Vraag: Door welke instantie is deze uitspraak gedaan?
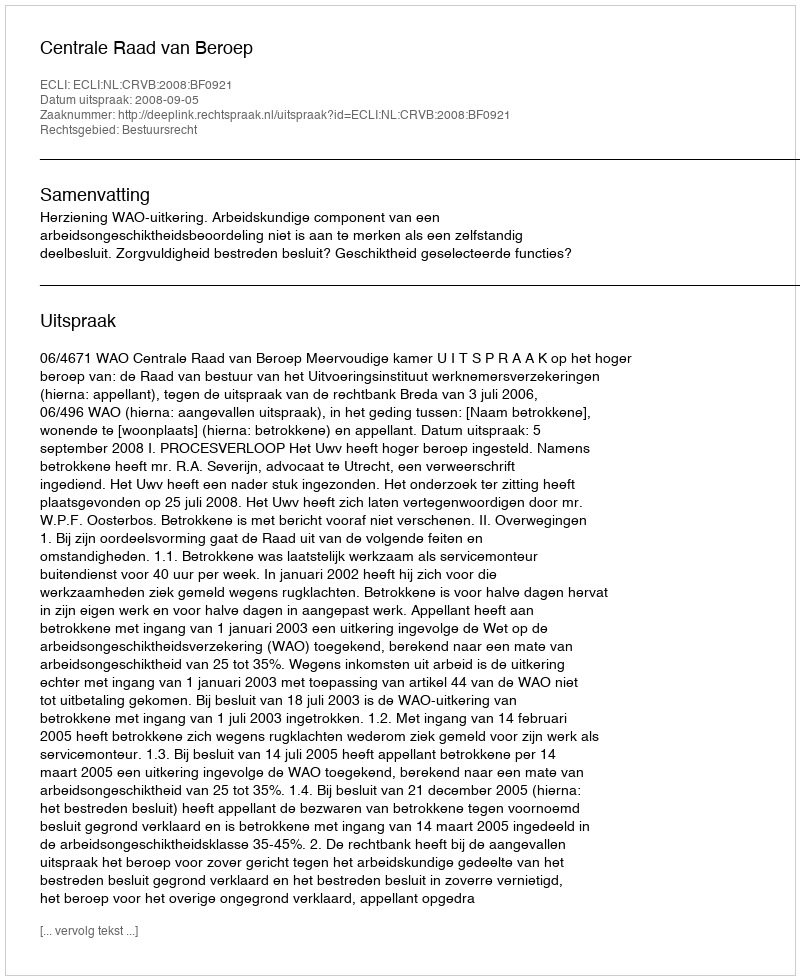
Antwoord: Centrale Raad van Beroep